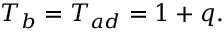
\begin{array} { r } { T _ { b } = T _ { a d } = 1 + q . } \end{array}